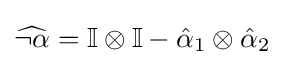
{\widehat {\neg \alpha }}=\mathbb {I} \otimes \mathbb {I} -{\hat {\alpha }}_{1}\otimes {\hat {\alpha }}_{2}